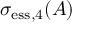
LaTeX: \sigma _ { \mathrm { e s s } , 4 } ( A )